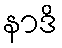
နာဒိ